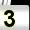
Digit: 3